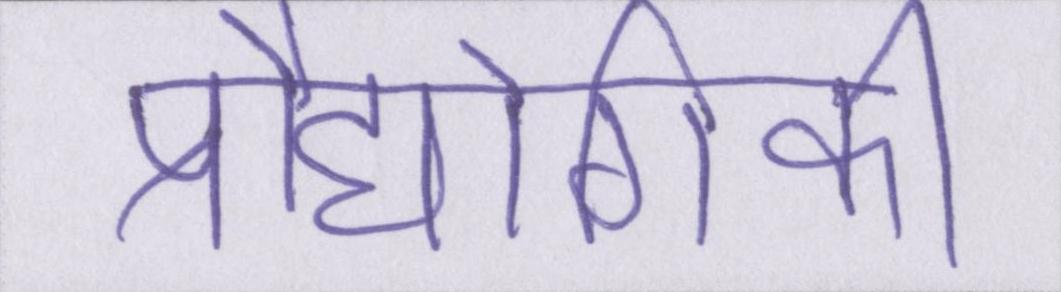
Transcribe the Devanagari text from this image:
प्रौद्योगिकी